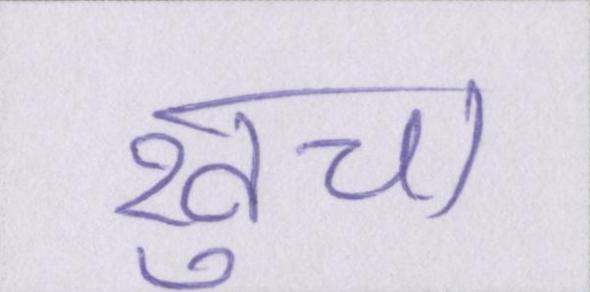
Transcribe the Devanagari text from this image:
खुचा